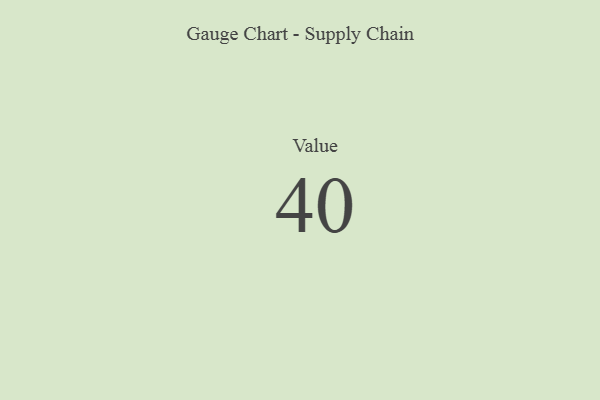
{"axis": {"x": "Metric", "y": "Value"}, "legend": [""], "data": [{"x": "Value", "y": 40, "type": ""}]}